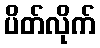
ပိတ်လိုက်